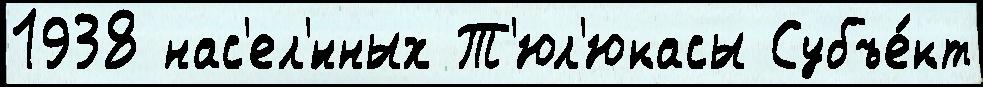
1938 нас'ел'́нных Т'юл'юкасы Субъе́кт